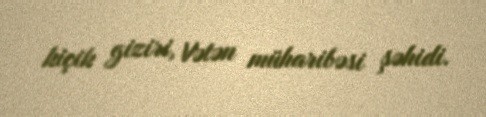
kiçik giziri, Vətən müharibəsi şəhidi.